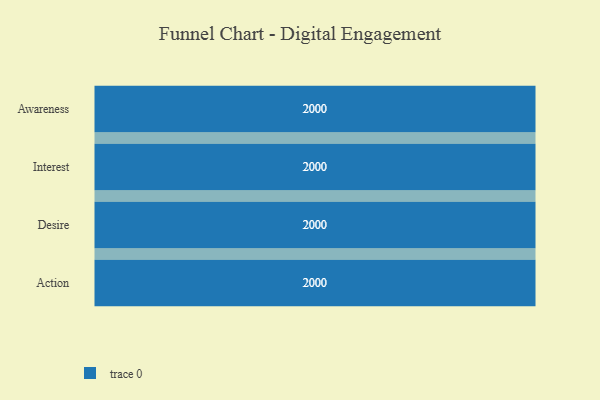
{"axis": {"x": "Stage", "y": "Value"}, "legend": [""], "data": [{"x": "Awareness", "y": 2000, "type": ""}, {"x": "Interest", "y": 2000, "type": ""}, {"x": "Desire", "y": 2000, "type": ""}, {"x": "Action", "y": 2000, "type": ""}]}